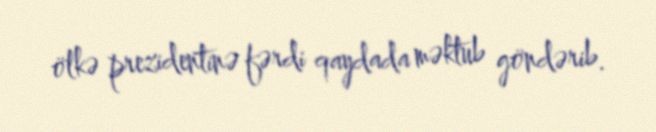
ölkə prezidentinə fərdi qaydada məktub göndərib.